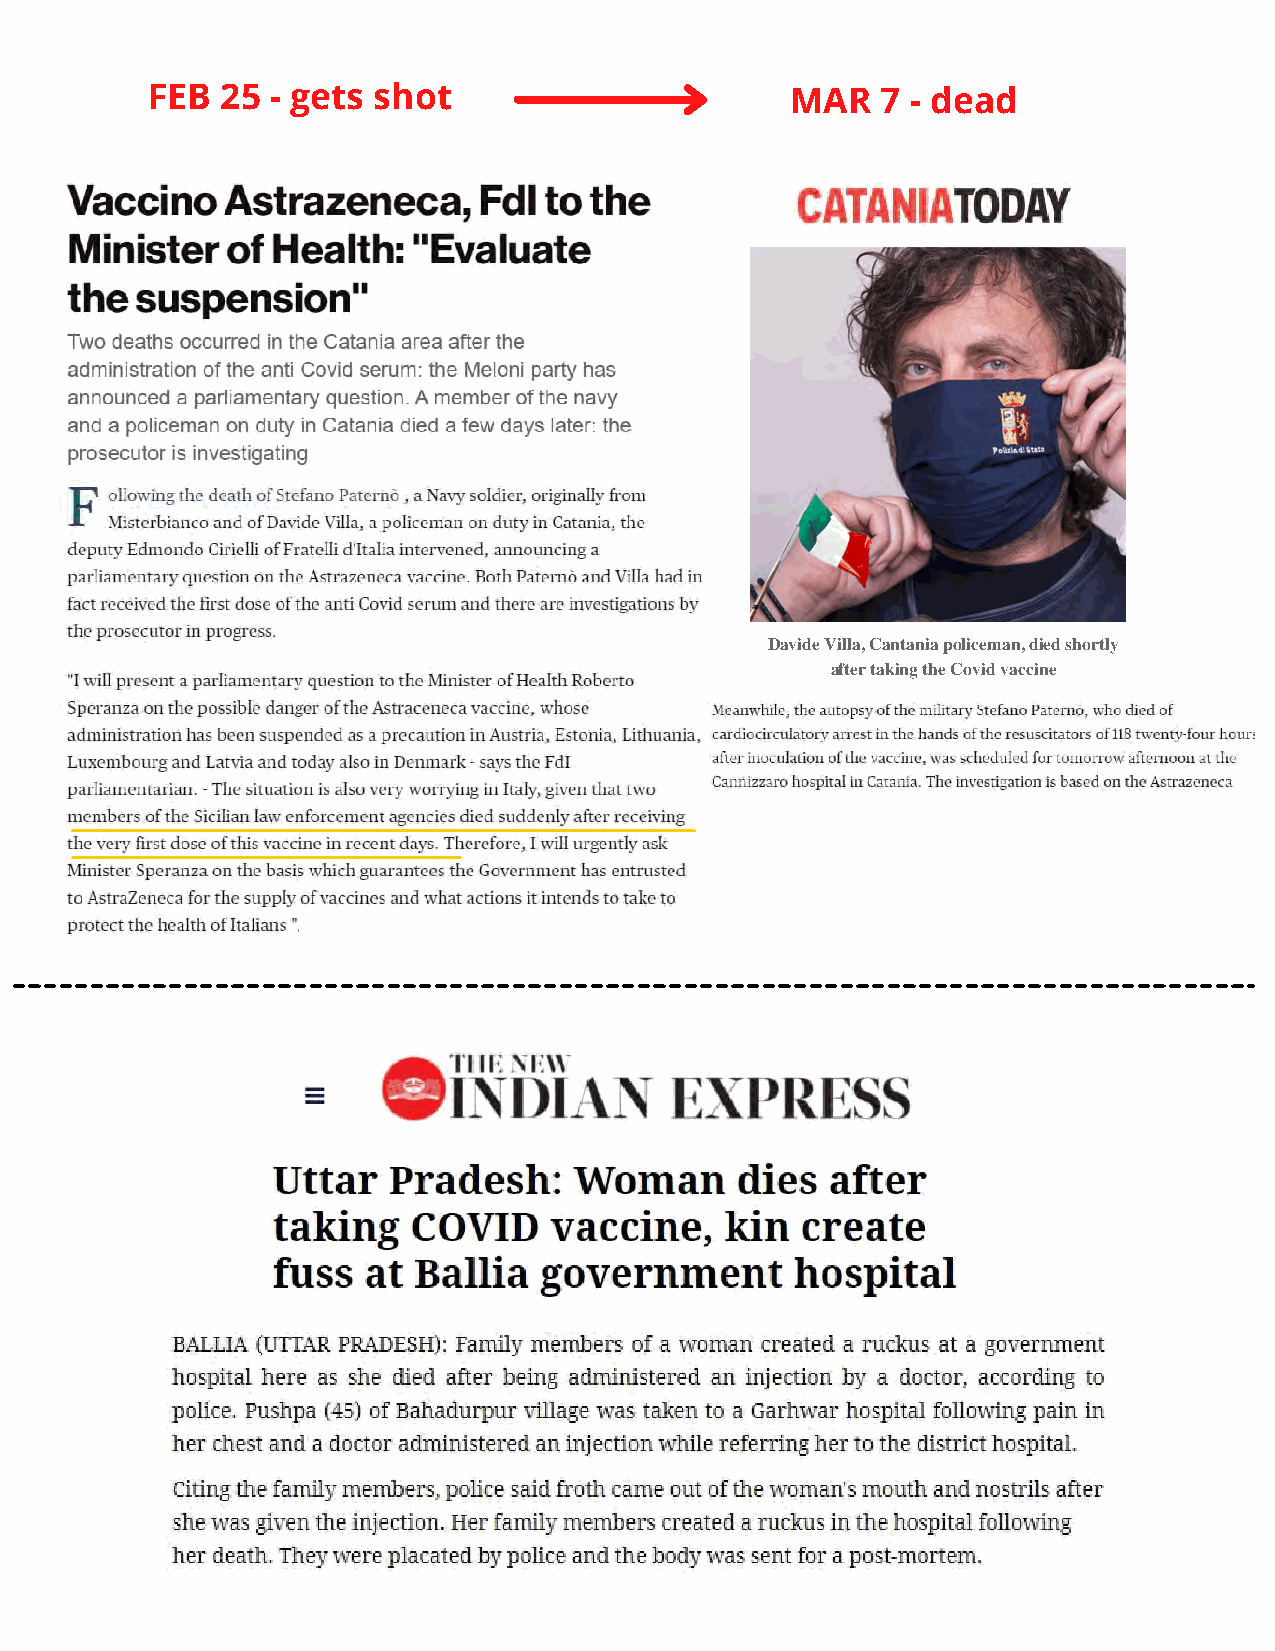
FEB  25 - gets shot                       MAR   7 - dead
 Davide Villa, Cantania policeman, died shortly
 after taking the Covid vaccine